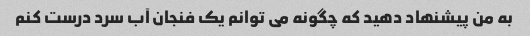
به من پیشنهاد دهید که چگونه می توانم یک فنجان آب سرد درست کنم